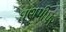
ઘણપીપર